Civil Veterinary Department Bengal reports 1923-33 - 1923-1933
Year: 1923
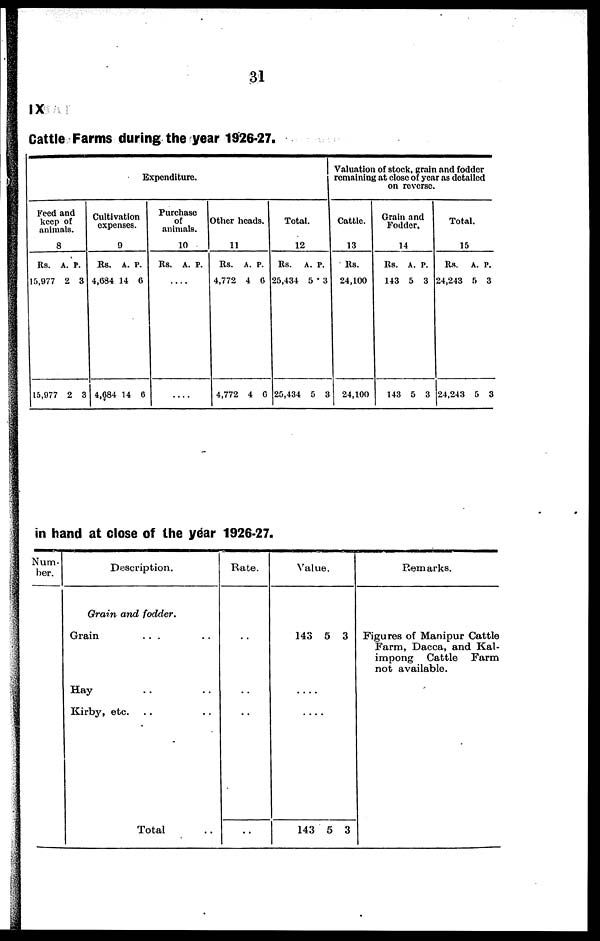
31
IX
Cattle Farms during the year 1926-27.
Expenditure
Feed
keep
anim
an
of
als
d
.
8
Rs.
15,977
15,977
A.
2
2
P.
3
3
Cultiv
expe
atio
nses
n
.
9
Rs.
4,684
4,684
A.
14
14
P.
6
6
Purc
o
anim
has
f
al
e
s.
10
Rs. A. P.
....
....
Other h
ead
s.
11
Rs.
4,772
4,772
A.
4
4
P.
6
6
Tota
l.
12
Rs.
25,434
25,434
A.
5
5
P.
3
3
Valuation of stock , grain and fodder
remaining at close of year as detailed
on reverse.
Cattle.
13
Rs.
24,100
24,100
Grain and
Fodder.
14
Rs.
143
143
A.
5
5
P.
3
3
Total.
15
Rs.
24,243
24,243
A.
5
5
P.
3
3
in hand at close of the year 1926-27.
Num-
ber.
Description.
Grain and fodder.
Grain
Hay
Kirby, etc.
... ..
..
..
Total
..
..
..
Rate.
..
..
..
..
Value.
143
....
....
143
5
5
3
3
Remarks.
Figures of Manipur Cattle
Farm, Dacca, and Kal-
impong
Cattle
Farm
not available.